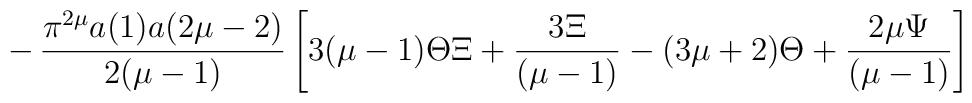
- \, \frac{\pi^{2\mu}a(1)a(2\mu-2)}{2(\mu-1)} \left[ 3(\mu-1)\Theta\Xi+ \frac{3\Xi}{(\mu-1)} - (3\mu+2)\Theta + \frac{2\mu\Psi}{(\mu-1)} \right]